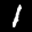
Label: 1